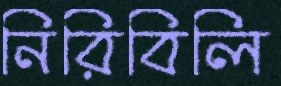
নিরিবিলি